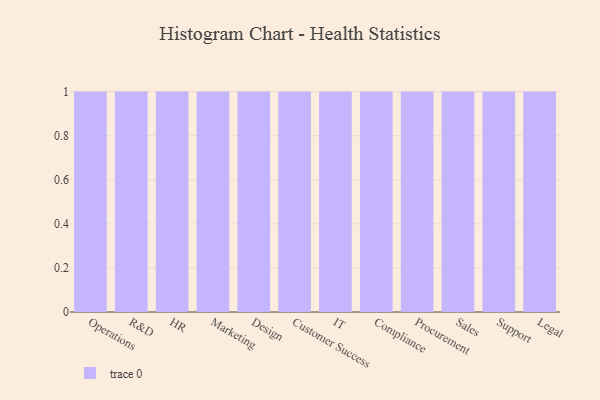
{"axis": {"x": "Department", "y": "Page Views"}, "legend": [""], "data": [{"x": "Operations", "y": 100, "type": ""}, {"x": "R&D", "y": 63, "type": ""}, {"x": "HR", "y": 74, "type": ""}, {"x": "Marketing", "y": 28, "type": ""}, {"x": "Design", "y": 30, "type": ""}, {"x": "Customer Success", "y": 48, "type": ""}, {"x": "IT", "y": 77, "type": ""}, {"x": "Compliance", "y": 71, "type": ""}, {"x": "Procurement", "y": 67, "type": ""}, {"x": "Sales", "y": 90, "type": ""}, {"x": "Support", "y": 54, "type": ""}, {"x": "Legal", "y": 67, "type": ""}]}